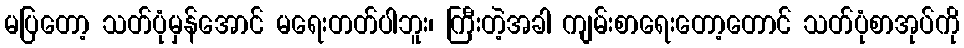
မပြတော့ သတ်ပုံမှန်အောင် မရေးတတ်ပါဘူး၊ ကြီးတဲ့အခါ ကျမ်းစာရေးတော့တောင် သတ်ပုံစာအုပ်ကို